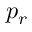
p _ { r }